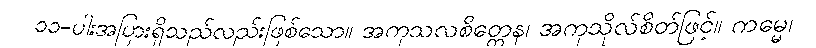
၁၁-ပါးအပြားရှိသည်လည်းဖြစ်သော။ အကုသလစိတ္တေန၊ အကုသိုလ်စိတ်ဖြင့်။ ကမ္မေ၊